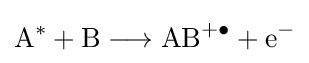
{\mathrm {A} {\vphantom {A}}^{\ast {}}{}+{}\mathrm {B} {}\mathrel {\longrightarrow } {}\mathrm {AB} {\vphantom {A}}^{+\bullet }{}+{}\mathrm {e} {\vphantom {A}}^{-}}